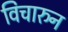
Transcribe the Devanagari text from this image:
विचारुन